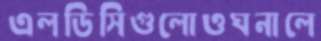
এলডিসিগুলোওঘনালে